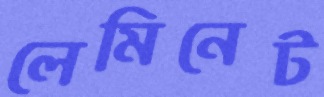
লেমিনেট